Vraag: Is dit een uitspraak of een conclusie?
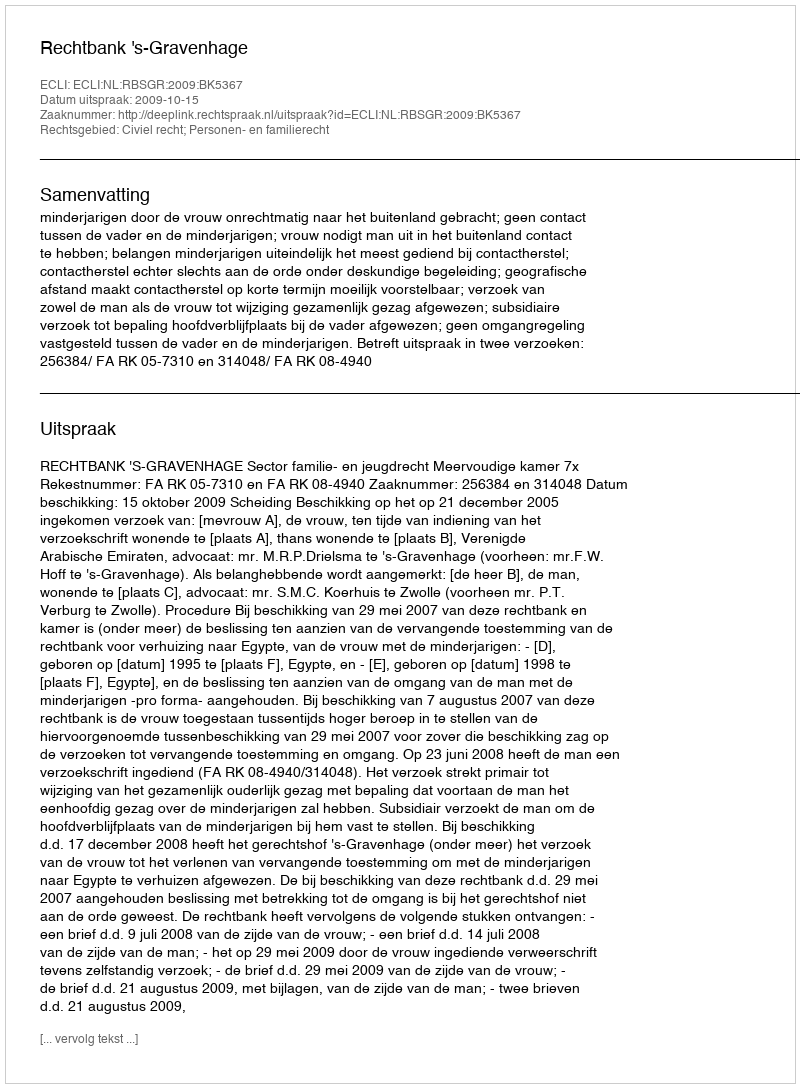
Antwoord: Uitspraak